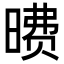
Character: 𪰶